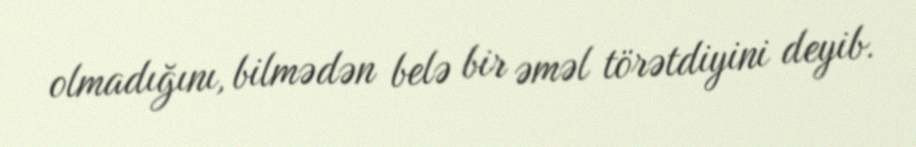
olmadığını, bilmədən belə bir əməl törətdiyini deyib.